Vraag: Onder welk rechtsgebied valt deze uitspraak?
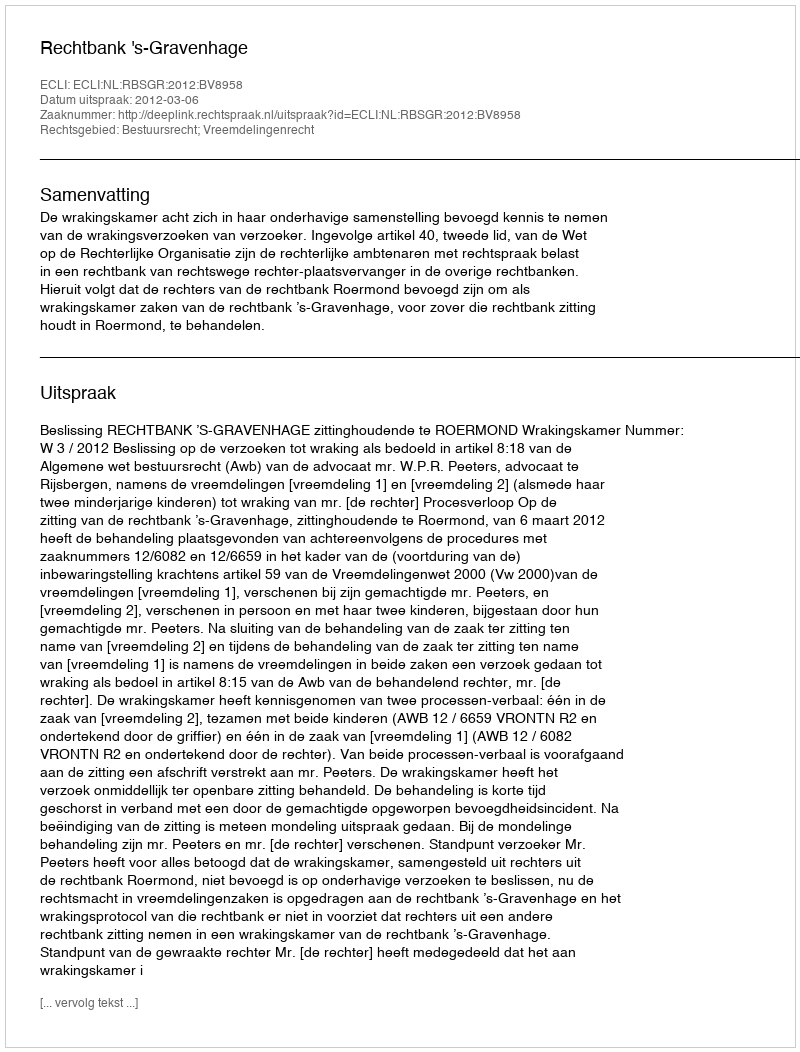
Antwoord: Bestuursrecht; Vreemdelingenrecht